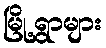
မြို့ရွာများ